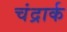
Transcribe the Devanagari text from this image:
चंद्रार्क